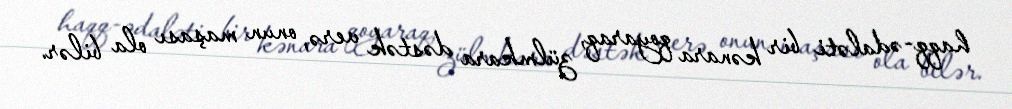
haqq-ədaləti bir kənara qoyaraq, zülmkara dəstək verə, onun maşası ola bilər.